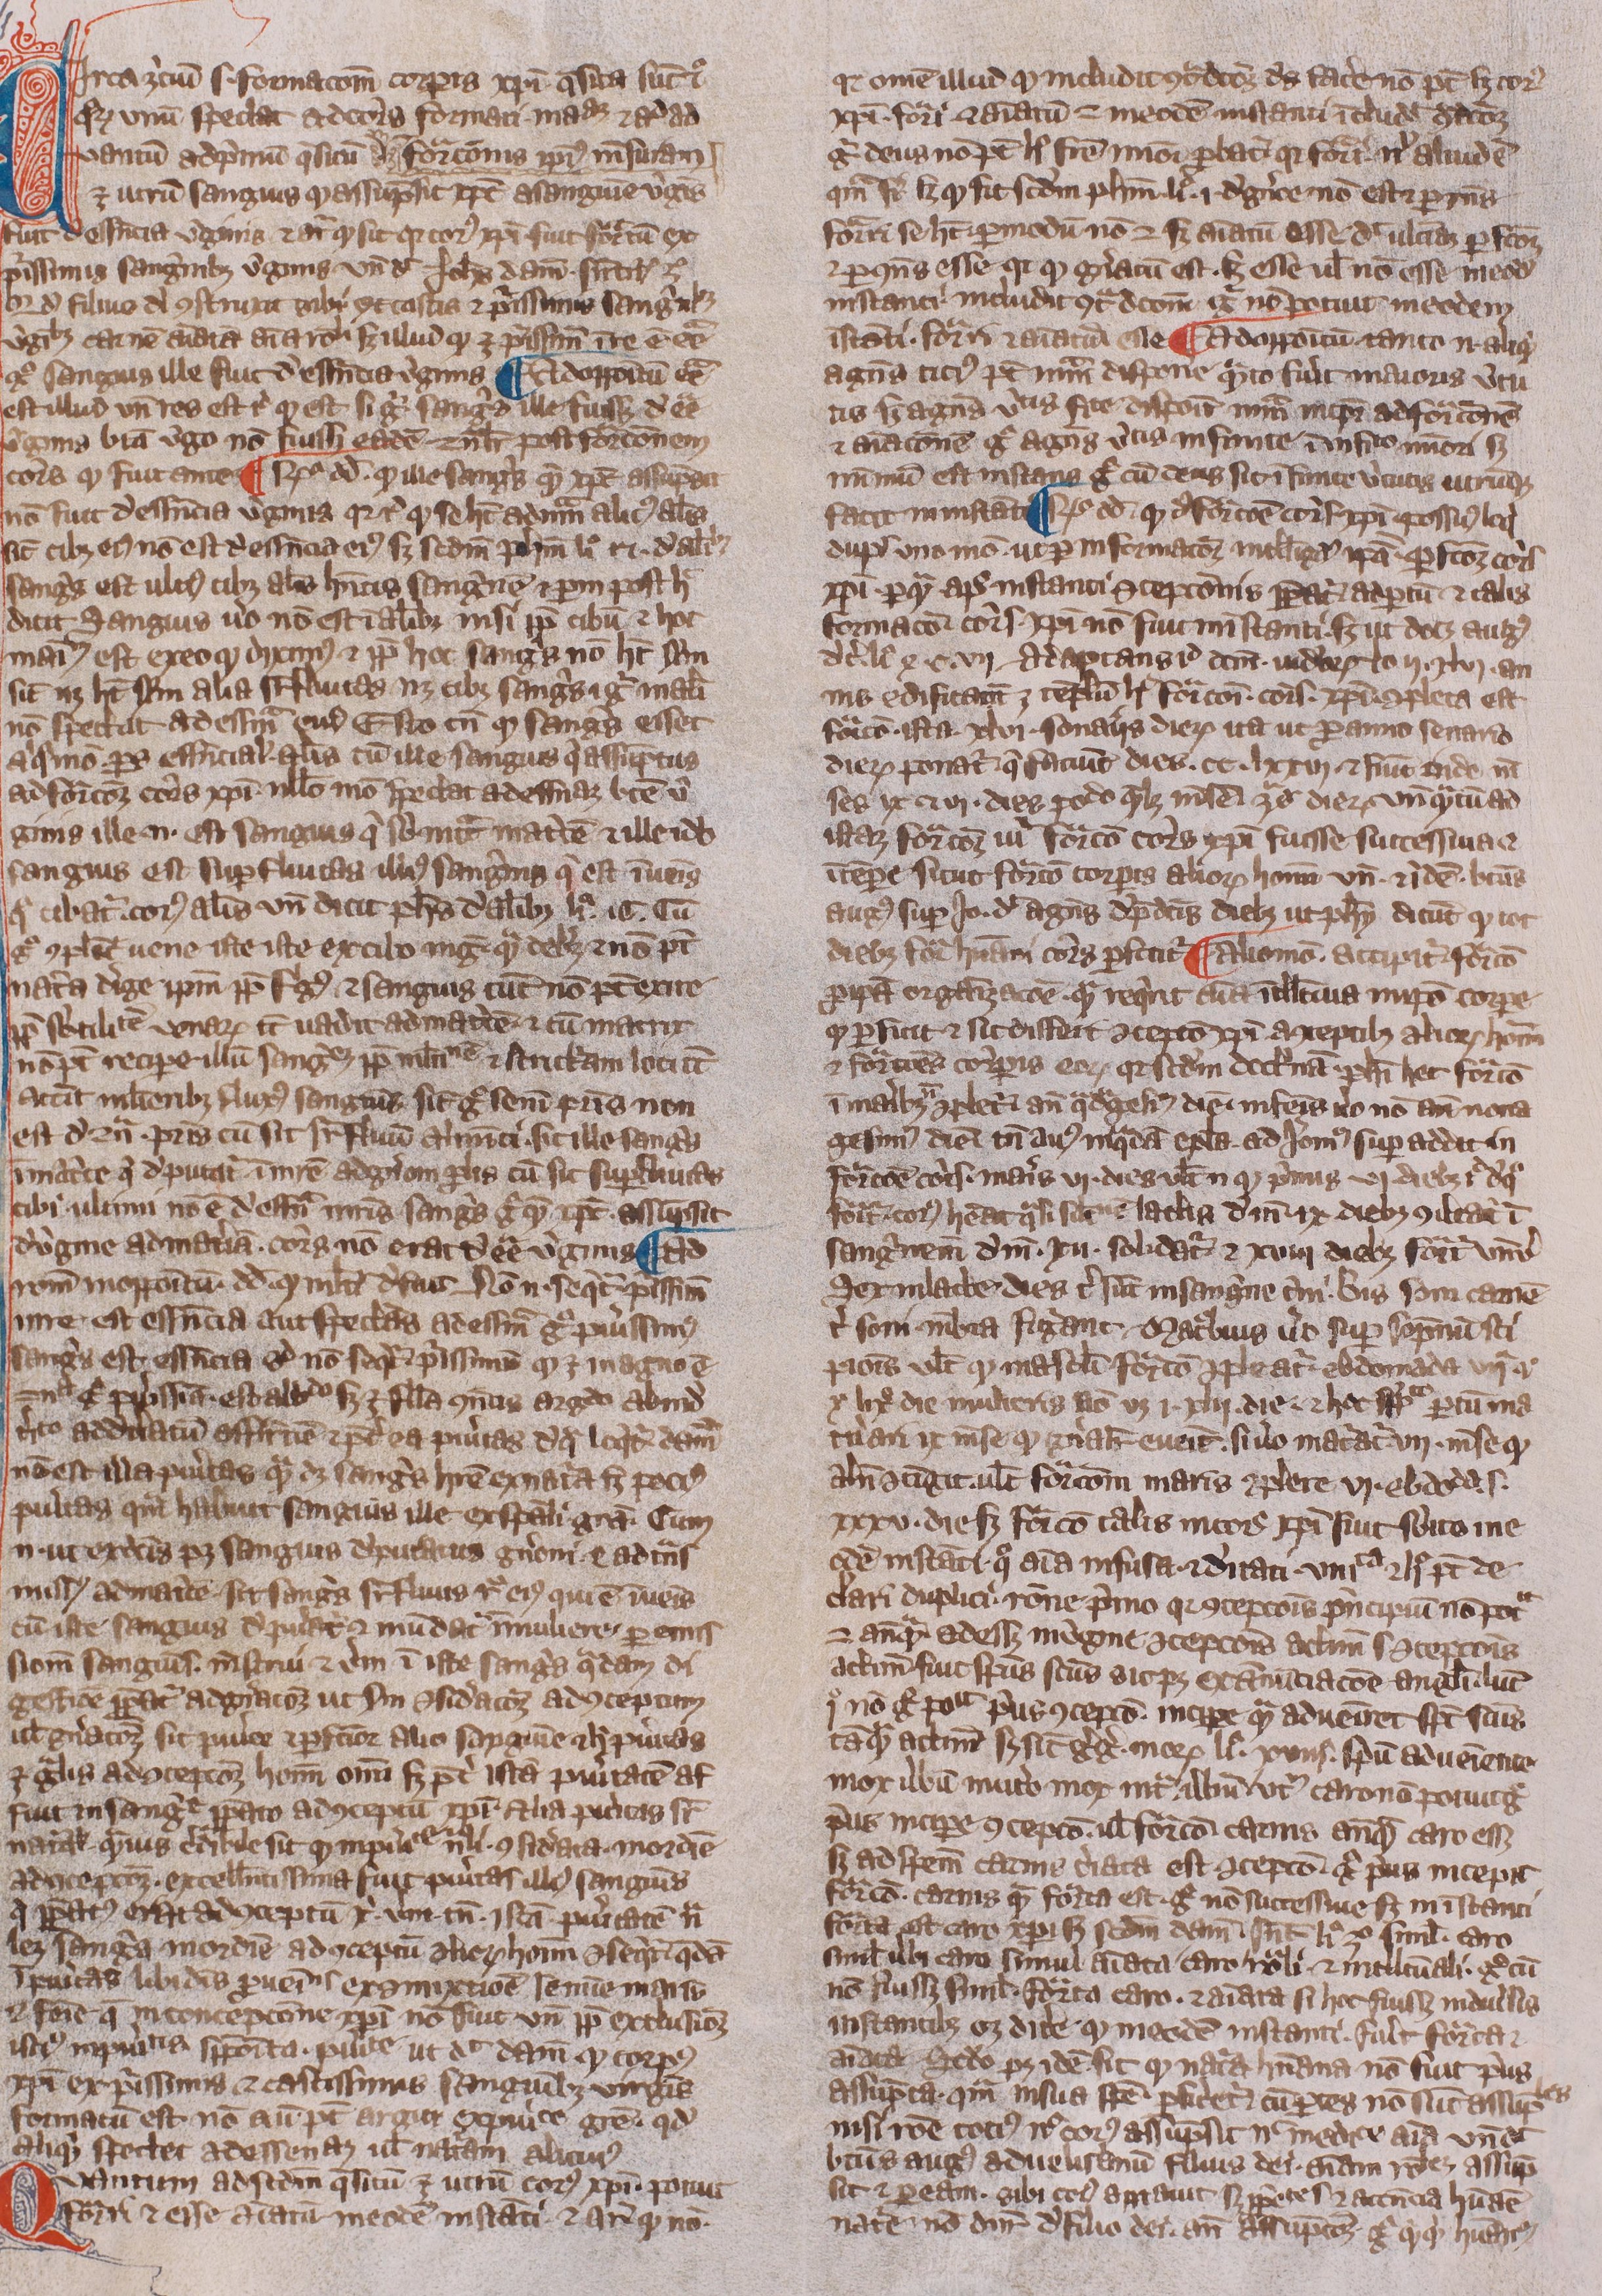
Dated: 1300–1399